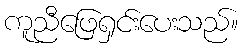
ကူညီဖြေရှင်းပေးသည်။